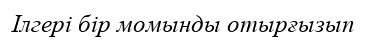
Ілгері бір момынды отырғызып